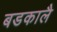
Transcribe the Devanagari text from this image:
बडकालै